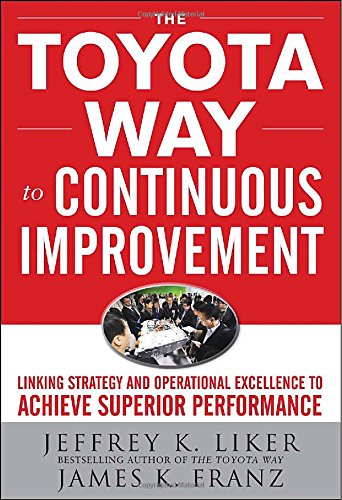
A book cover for The Toyota Way to Continuous Improvement:  Linking Strategy and Operational Excellence to Achieve Superior Performance; Jeffrey Liker; Business & Money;